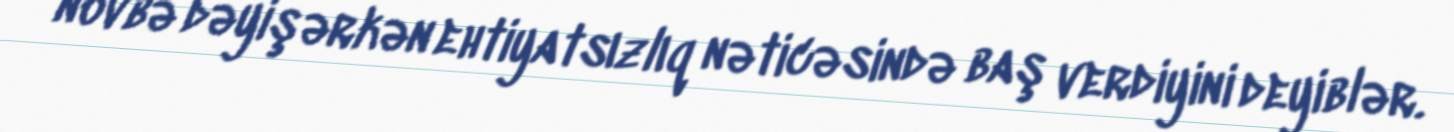
növbə dəyişərkən ehtiyatsızlıq nəticəsində baş verdiyini deyiblər.